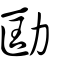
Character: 劻